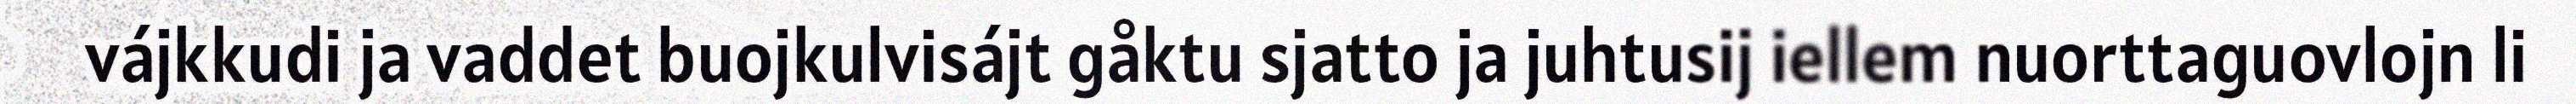
vájkkudi ja vaddet buojkulvisájt gåktu sjatto ja juhtusij iellem nuorttaguovlojn li